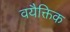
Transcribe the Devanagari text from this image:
वयैक्तिक